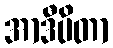
အာဒီပိတာ